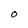
Character: 0